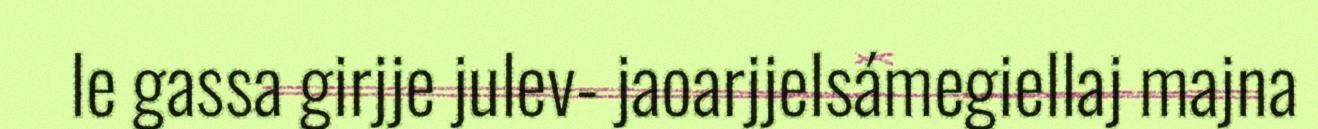
le gassa girjje julev- jaoarjjelsámegiellaj majna